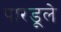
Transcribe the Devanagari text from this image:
पारडूले